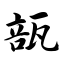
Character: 瓿